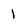
Character: 1